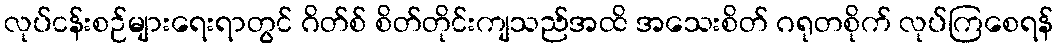
လုပ်ငန်းစဉ်များရေးရာတွင် ဂိတ်စ် စိတ်တိုင်းကျသည်အထိ အသေးစိတ် ဂရုတစိုက် လုပ်ကြစေရန်